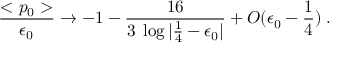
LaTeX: { \frac { < p _ { 0 } > } { \epsilon _ { 0 } } } \rightarrow - 1 - { \frac { 1 6 } { 3 \; \log | \frac { 1 } { 4 } - \epsilon _ { 0 } | } } + O ( \epsilon _ { 0 } - \frac { 1 } { 4 } ) \; .